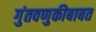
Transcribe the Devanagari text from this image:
गुंतवणुकीबाबत